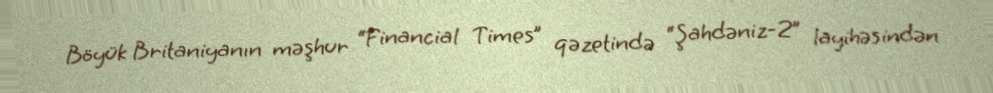
Böyük Britaniyanın məşhur “Financial Times” qəzetində “Şahdəniz-2” layihəsindən